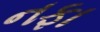
નફા